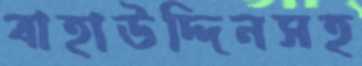
বাহাউদ্দিনসহ